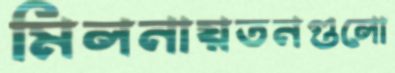
মিলনায়তনগুলো